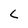
Character: c